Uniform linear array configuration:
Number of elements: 24
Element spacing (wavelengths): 1
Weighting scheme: uniform
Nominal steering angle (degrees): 15
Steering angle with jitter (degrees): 16.493
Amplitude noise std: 0.05
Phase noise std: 0.05

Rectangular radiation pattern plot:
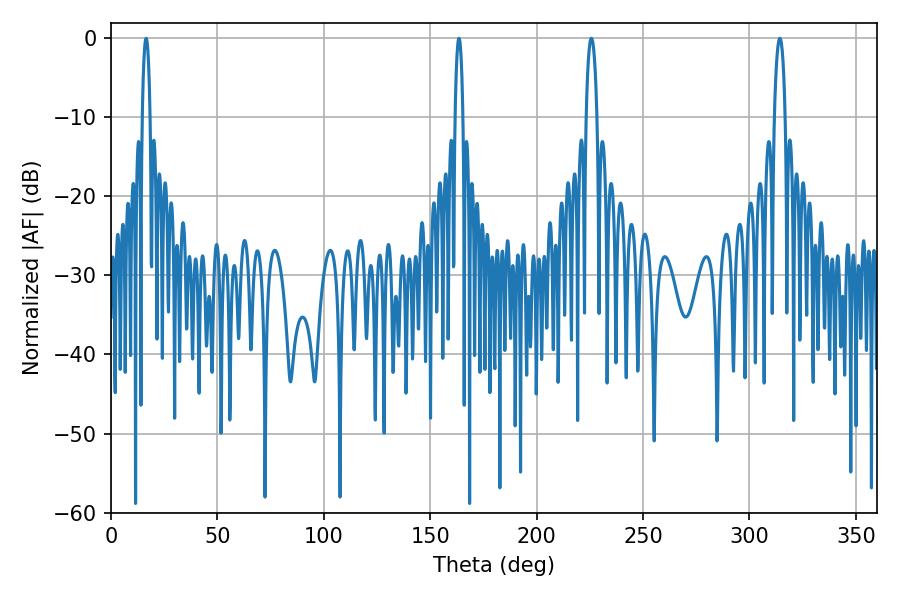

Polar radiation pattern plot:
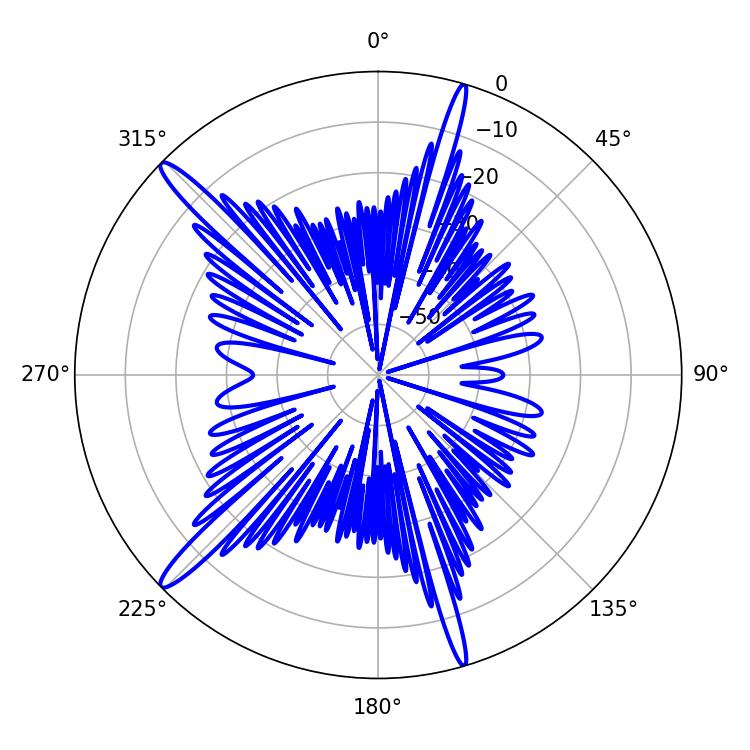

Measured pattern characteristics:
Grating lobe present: TRUE
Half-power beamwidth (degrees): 2.88
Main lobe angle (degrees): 225.72